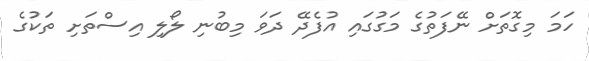
ހަމަ މިގޮތަށް ނޭފަތުގެ މަގުގައި އުފެދޭ ދަވަ މިބުނި ލޯލި އިސްތަށި ތަކުގެ